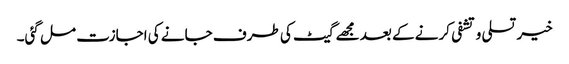
خیر تسلی و تشفی کرنے کے بعد مجھے گیٹ کی طرف جانے کی اجازت مل گئی۔